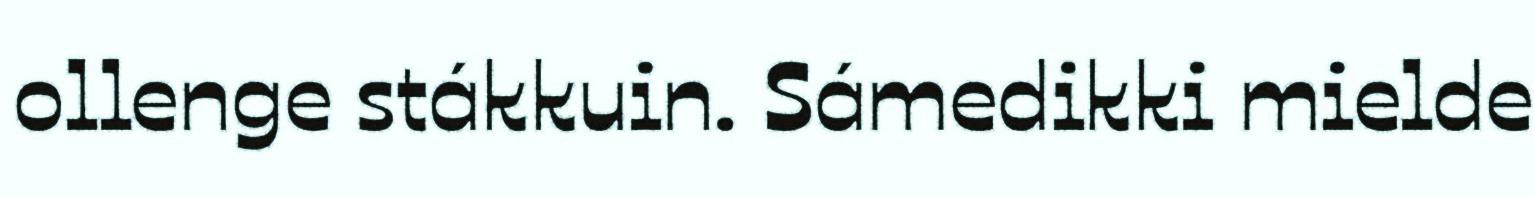
ollenge stákkuin. Sámedikki mielde